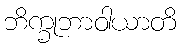
ဘိက္ခုဘာဝါယာတိ